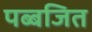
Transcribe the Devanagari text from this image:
पब्बजित